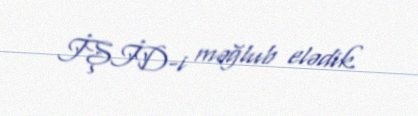
İŞİD-i məğlub elədik.